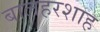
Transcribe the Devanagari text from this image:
बालहरशाह